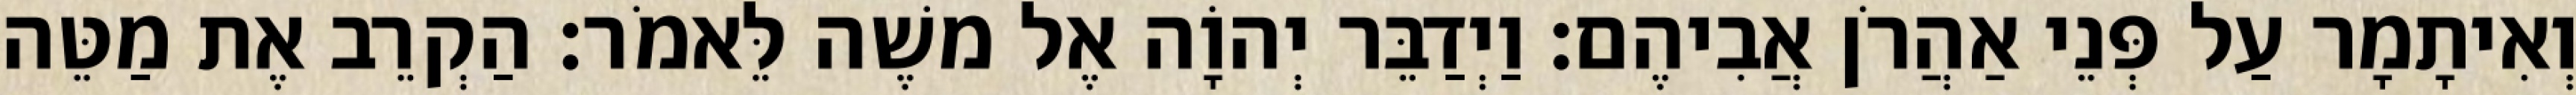
וְאִיתָמָר עַל פְּנֵי אַהֲרֹן אֲבִיהֶם׃ וַיְדַבֵּר יְהוָֹה אֶל משֶׁה לֵּאמֹר׃ הַקְרֵב אֶת מַטֵּה